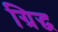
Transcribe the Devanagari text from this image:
ग्रिद्ध